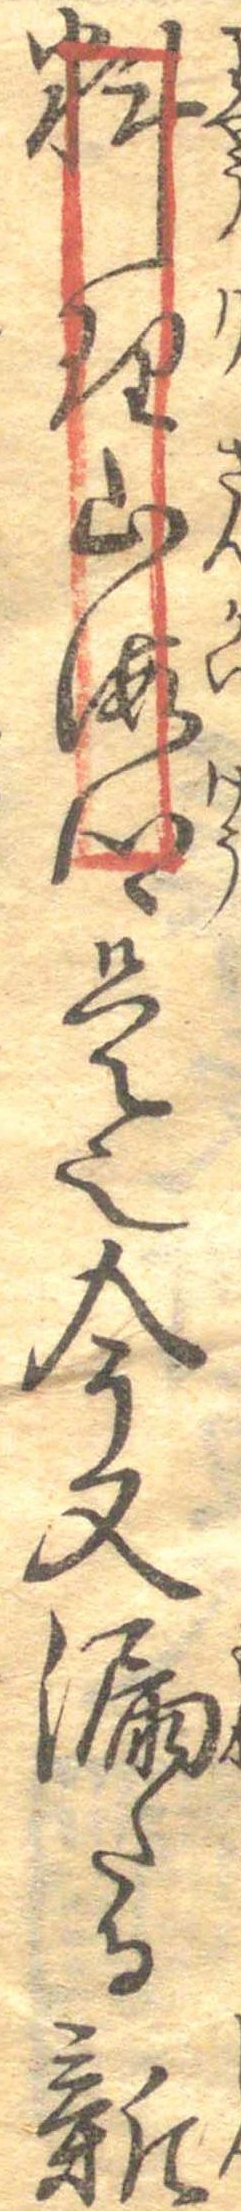
料理山海郷是也今又漏たる新